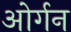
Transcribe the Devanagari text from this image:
ओर्गन